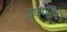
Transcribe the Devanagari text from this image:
वर्षगांठ।